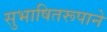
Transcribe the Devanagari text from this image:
सुभाषितरूपाने